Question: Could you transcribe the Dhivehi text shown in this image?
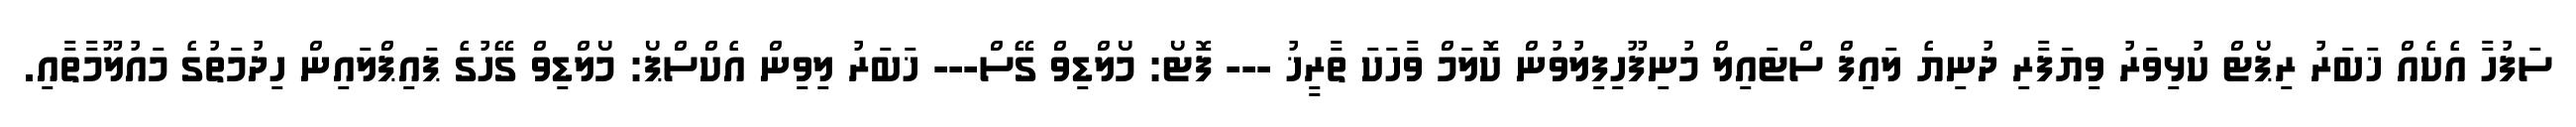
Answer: ސަފުހާ އެކެއް ޚަބަރު ރިޕޯޓް ކުޅިވަރު ވިޔަފާރި ދުނިޔެ ލައިފް ސްޓައިލް މުނިފޫހިފިލުވުން ކޮލަމް ވާހަކަ ތާރީޚު --- ފޮޓޯ: މޯލްޑިވް ގޭސް--- ޚަބަރު ލިވިން އެކްސްޕޯ: މޯލްޑިވް ގޭހުގެ ޕައިޕްލައިން ހިދުމަތުގެ މައުލޫމާތާއި.